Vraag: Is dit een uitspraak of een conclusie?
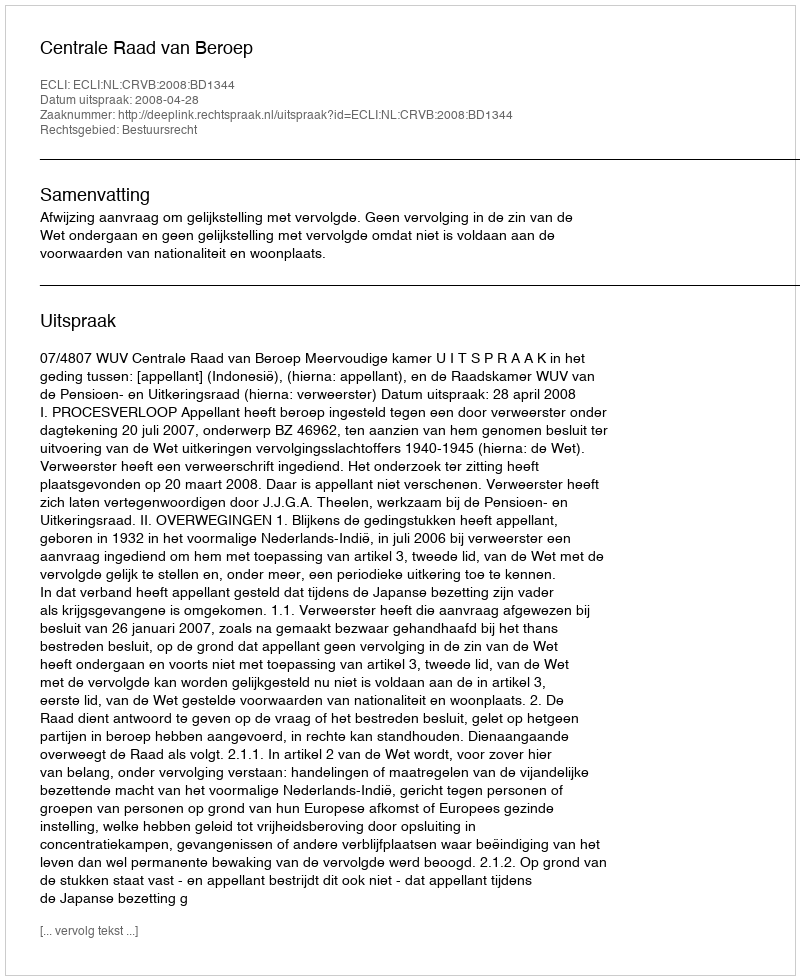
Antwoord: Uitspraak